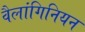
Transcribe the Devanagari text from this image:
वैलांगिनियन